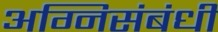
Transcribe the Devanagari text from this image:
अग्निसंबंधी